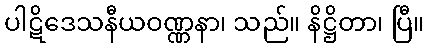
ပါဋိဒေသနီယဝဏ္ဏနာ၊ သည်။ နိဋ္ဌိတာ၊ ပြီ။